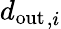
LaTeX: {d_{\mathrm{out}}}_{,i}